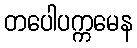
တပေါပက္ကမေန